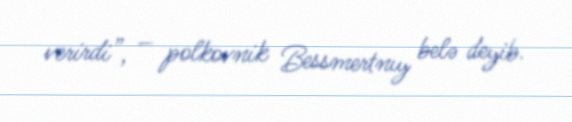
verirdi”, – polkovnik Bessmertnıy belə deyib.